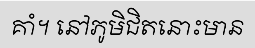
គាំ។ នៅភូមិជិតនោះមាន